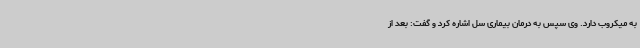
به میکروب دارد. وی سپس به درمان بیماری سل اشاره کرد و گفت: بعد از